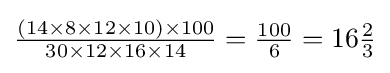
{\tfrac {(14\times 8\times 12\times 10)\times 100}{30\times 12\times 16\times 14}}={\tfrac {100}{6}}=16{\tfrac {2}{3}}